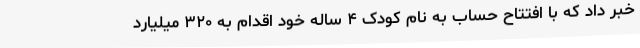
خبر داد که با افتتاح حساب به نام کودک ۴ ساله خود اقدام به ۳۲۰ میلیارد